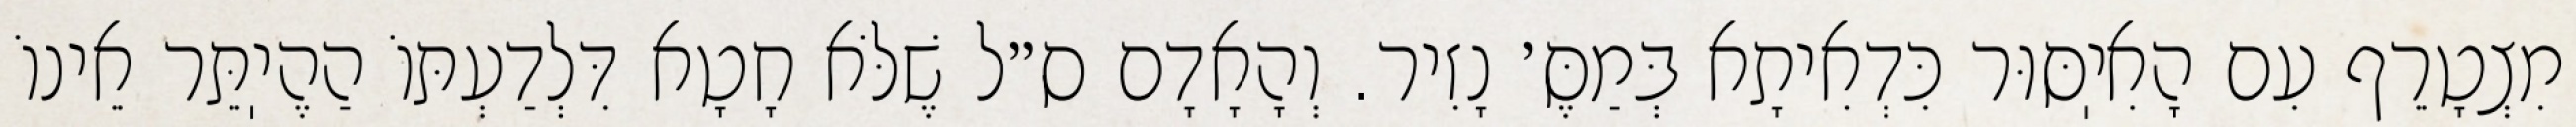
מִצְטָרֵף עִם הָאִיֽסּוּר כִּדְאִיתָא בְּמַסֶּ׳ נָזִיר. וְהָאָדָם ס״ל שֶׁלֹּא חָטָא דִּלְדַעְתּוֹ הַהֶיֽתֵּר אֵינוֹ